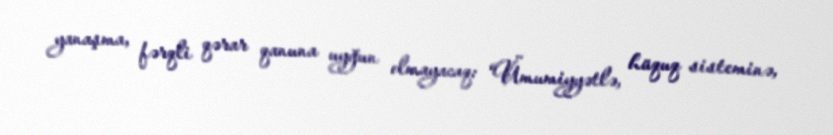
yanaşma, fərqli qərar qanuna uyğun olmayacaq: “Ümumiyyətlə, hüquq sisteminə,